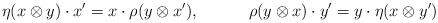
LaTeX: \begin{align*}\eta(x\otimes y)\cdot x' &= x\cdot\rho(y\otimes x'),&\rho(y\otimes x)\cdot y' &= y\cdot\eta(x\otimes y')\end{align*}